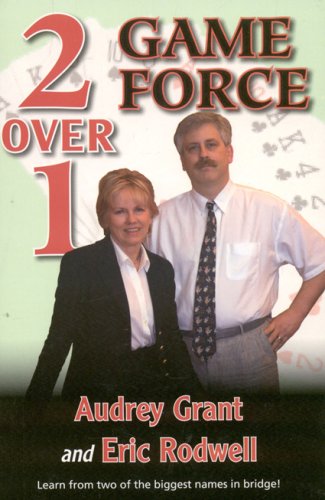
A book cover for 2 Over 1 Game Force (The Official Better Bridge); Audrey Grant; Humor & Entertainment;